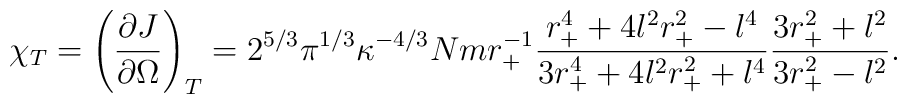
\chi_T =\left(\frac{\partial J}{\partial \Omega}\right)_T  =2^{5/3} \pi^{1/3} \kappa^{-4/3} Nmr_+^{-1}    \frac{r_+^4 +4l^2r_+^2 -l^4}{3r_+^4 +4l^2r_+^2 +l^4}  \frac{3r_+^2 +l^2}{3r_+^2-l^2}.